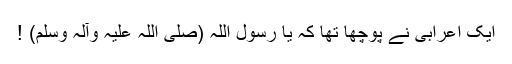
ایک اعرابی نے پوچھا تھا کہ یا رسول اللہ (صلی اللہ علیہ وآلہ وسلم) !